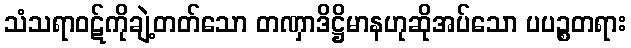
သံသရာဝဋ်ကိုချဲ့တတ်သော တဏှာဒိဋ္ဌိမာနဟုဆိုအပ်သော ပပဉ္စတရား